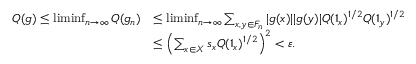
\begin{array} { r l } { Q ( g ) \leq \operatorname* { l i m i n f } _ { n \to \infty } Q ( g _ { n } ) } & { \leq \operatorname* { l i m i n f } _ { n \to \infty } \sum _ { x , y \in F _ { n } } | g ( x ) | | g ( y ) | Q ( 1 _ { x } ) ^ { 1 / 2 } Q ( 1 _ { y } ) ^ { 1 / 2 } } \\ & { \leq \left( \sum _ { x \in X } s _ { x } Q ( 1 _ { x } ) ^ { 1 / 2 } \right) ^ { 2 } < \varepsilon . } \end{array}